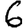
Digit: 6